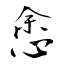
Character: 悆